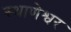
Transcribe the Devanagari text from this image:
स्थाणेश्वर